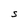
Character: S